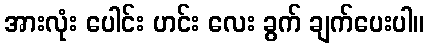
အားလုံး ပေါင်း ဟင်း လေး ခွက် ချက်ပေးပါ။